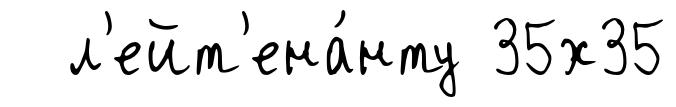
л'ейт'ена́нту 35х35